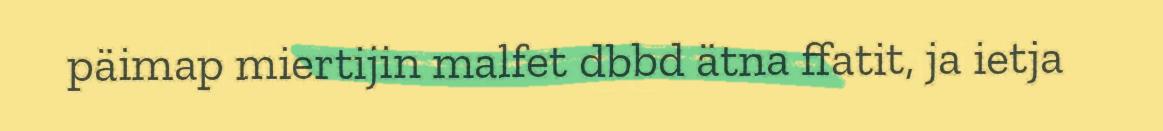
päimap miertijin malfet dbbd ätna ffatit, ja ietja